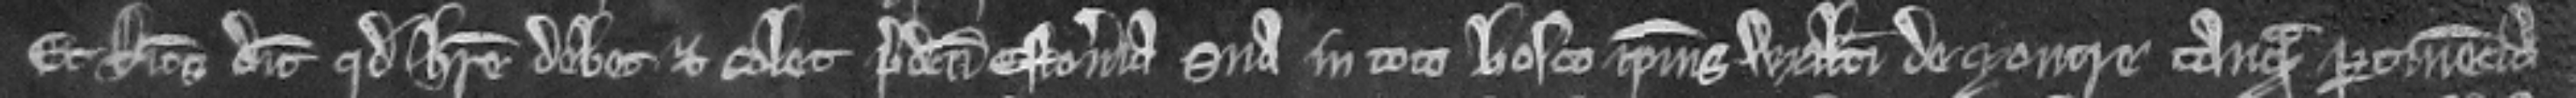
Et Ricardus dicit quod habere debet et solet predicta estoveria sua in toto bosco ipsius Walteri de Moutre tanquam pertinencia